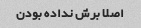
اصلا برش نداده بودن